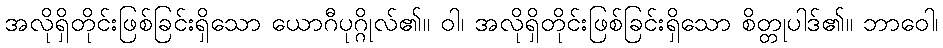
အလိုရှိတိုင်းဖြစ်ခြင်းရှိသော ယောဂီပုဂ္ဂိုလ်၏။ ဝါ၊ အလိုရှိတိုင်းဖြစ်ခြင်းရှိသော စိတ္တုပါဒ်၏။ ဘာဝေါ၊